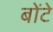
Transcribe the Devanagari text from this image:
बोंटे